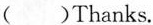
( )Thanks.